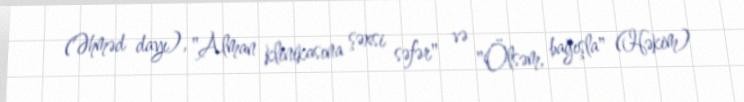
(Əhməd dayı), "Alman klinikasına şəxsi səfər" və "Ölsəm, bağışla" (Həkim)